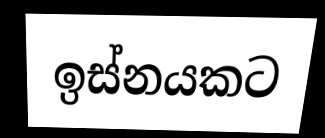
ඉස්නයකට